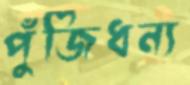
পুঁজিধন্য